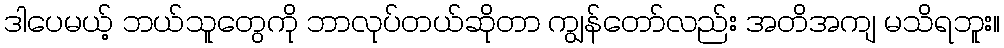
ဒါပေမယ့် ဘယ်သူတွေကို ဘာလုပ်တယ်ဆိုတာ ကျွန်တော်လည်း အတိအကျ မသိရဘူး။